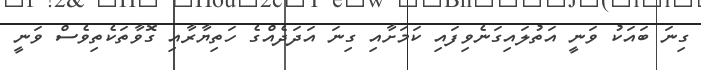
ގިނަ ބައަކު ވަނީ އަތުލައިގަނެވިފައި ކަމަށާއި ގިނަ އަދަދެއްގެ ހަތިޔާރާއި ގޮވާތަކެތިވެސް ވަނީ